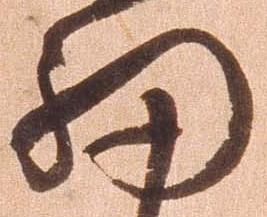
細